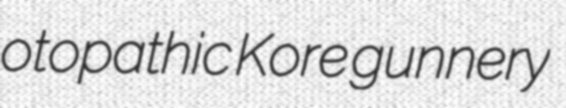
otopathic Kore gunnery